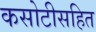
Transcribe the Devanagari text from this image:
कसोटीसहित